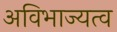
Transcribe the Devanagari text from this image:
अविभाज्यत्व